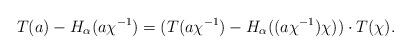
LaTeX: \begin{align*}T(a)-H_{\alpha}(a \chi^{-1})= (T(a \chi^{-1})-H_{\alpha}((a\chi^{-1})\chi))\cdot T(\chi).\end{align*}